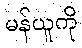
မန်ယူကို